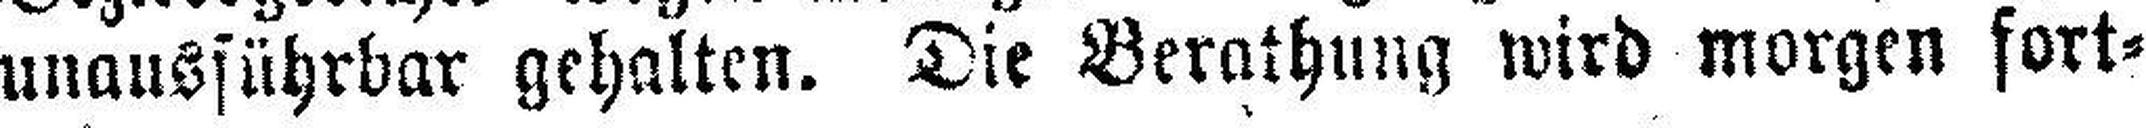
unausführbar gehalten. Die Berathung wird morgen fort¬